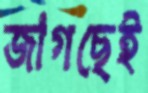
জাগছেই